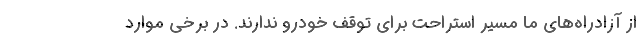
از آزادراه‌های ما مسیر استراحت برای توقف خودرو ندارند. در برخی موارد